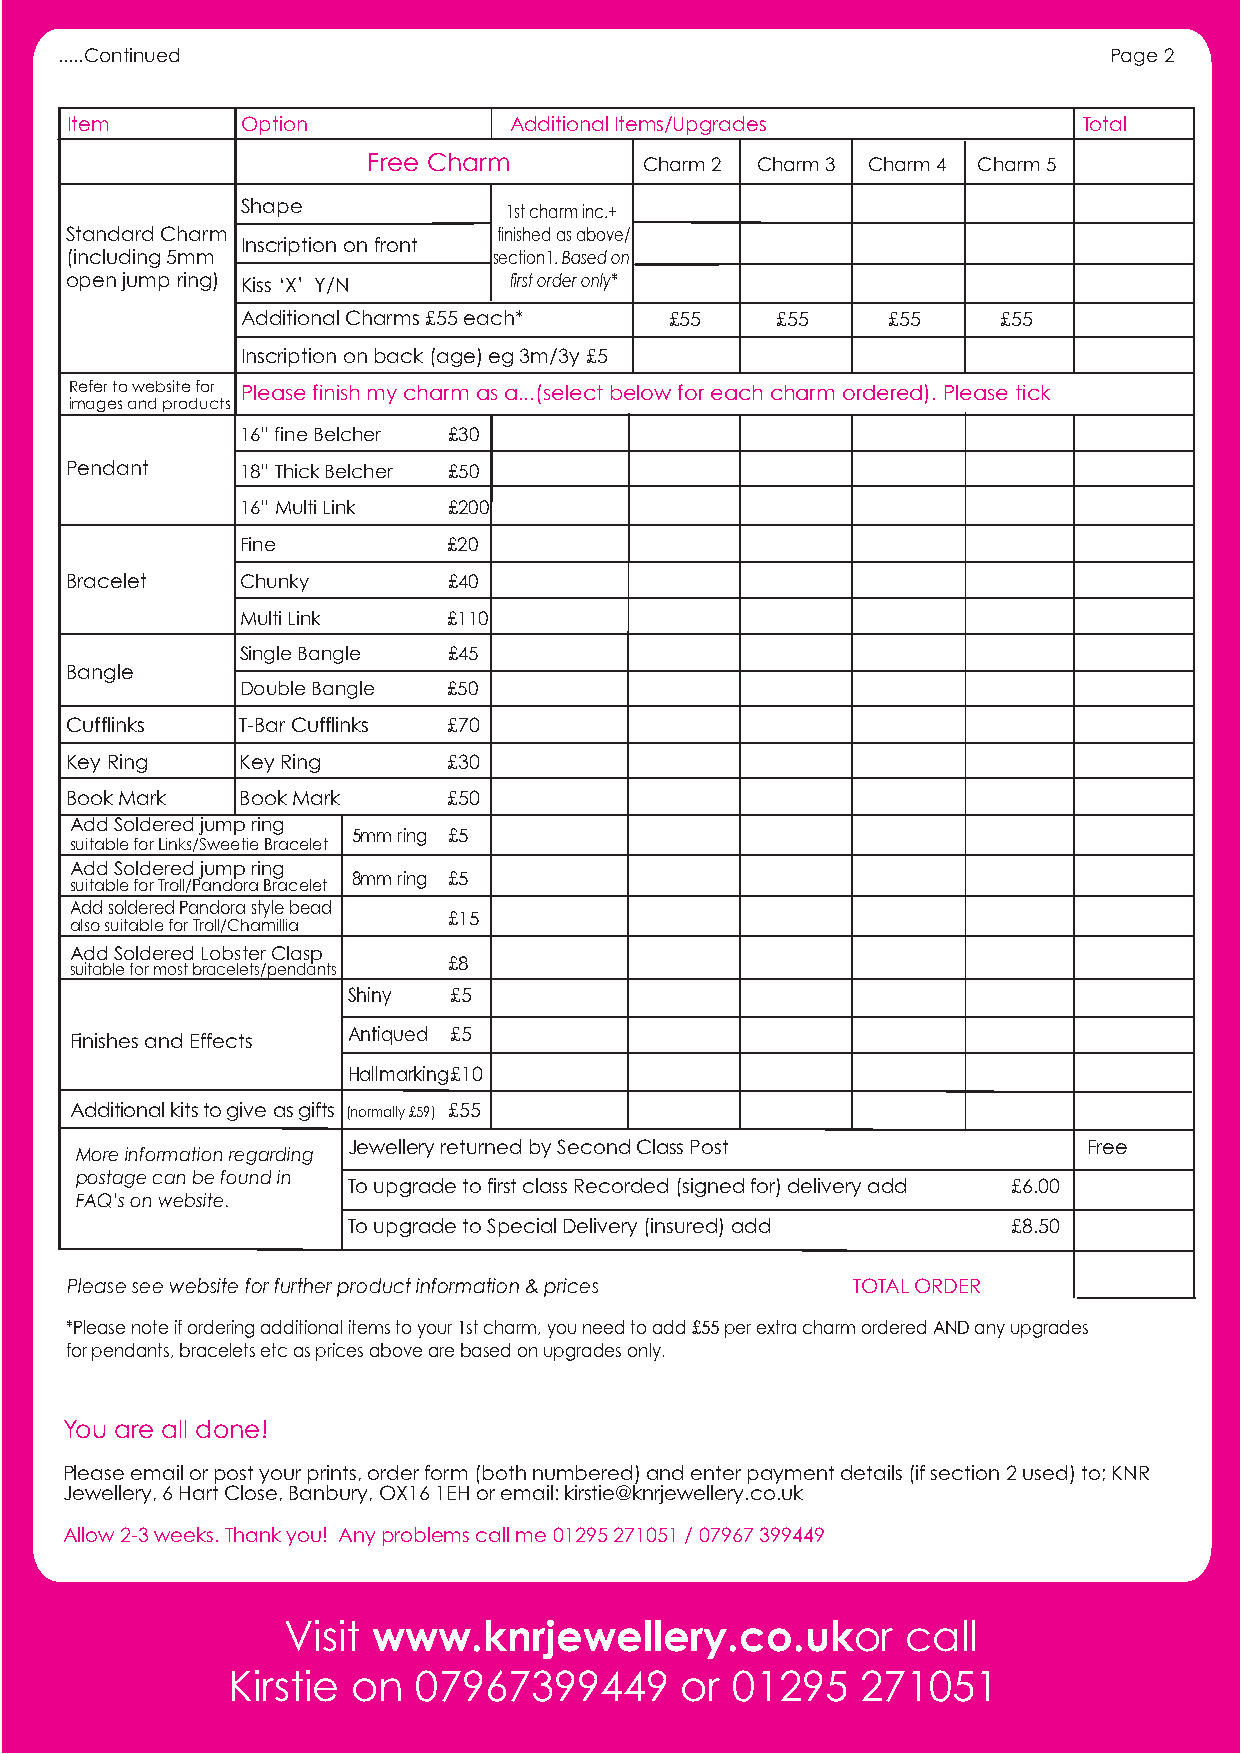
.....Continued                                                       Page 2
 Item        Option            Additional Items/Upgrades             Total
 Free Charm         Charm 2 Charm 3 Charm 4 Charm 5
 Shape
 1st charm inc.+
 Standard Charm               finished as above/
 Inscription on front
 (including 5mm               section1. Based on
 open jump ring) Kiss ‘X’ Y/N  first order only*
 Additional Charms £55 each* £55    £55     £55    £55
 Inscription on back (age) eg 3m/3y £5
 Refer to website for Please finish my charm as a...(select below for each charm ordered). Please tick
 images and products
 16” fine Belcher £30
 Pendant     18” Thick Belcher £50
 16” Multi Link £200
 Fine          £20
 Bracelet    Chunky        £40
 Multi Link    £110
 Single Bangle £45
 Bangle
 Double Bangle £50
 Cufflinks   T-Bar Cufflinks £70
 Key Ring    Key Ring      £30
 Book Mark   Book Mark     £50
 Add Soldered jump ring
 5mm ring £5
 suitable for Links/Sweetie Bracelet
 Add Soldered jump ring
 suitable for Troll/Pandora Bracelet
 8mm ring £5
 Add soldered Pandora style bead
 also suitable for Troll/Chamillia
 £15
 Add Soldered Lobster Clasp
 £8
 suitable for most bracelets/pendants
 Shiny  £5
 Antiqued £5
 Finishes and Effects
 Hallmarking £10
 Additional kits to give as gifts (normally £59) £55
 Jewellery returned by Second Class Post          Free
 More information regarding
 postage can be found in
 To upgrade to first class Recorded (signed for) delivery add £6.00
 FAQ’s on website.
 To upgrade to Special Delivery (insured) add £8.50
 Please see website for further product information & prices TOTAL ORDER
 *Please note if ordering additional items to your 1st charm, you need to add £55 per extra charm ordered AND any upgrades
 for pendants, bracelets etc as prices above are based on upgrades only.
 You are all done!
 Please email or post your prints, order form (both numbered) and enter payment details (if section 2 used) to; KNR
 Jewellery, 6 Hart Close, Banbury, OX16 1EH or email: kirstie@knrjewellery.co.uk
 Allow 2-3 weeks. Thank you! Any problems call me 01295 271051 / 07967 399449
 Visit www.knrjewellery.co.ukor           call
 Kirstie on  07967399449       or 01295    271051